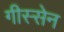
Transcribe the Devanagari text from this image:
गीस्सेन